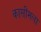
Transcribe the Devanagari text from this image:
कासीमला